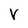
Character: V